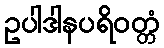
ဥပါဒါနပရိဝတ္တံ